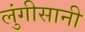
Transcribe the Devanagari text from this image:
लुंगीसानी